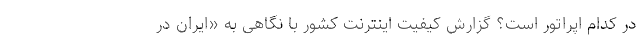
در کدام اپراتور است؟ گزارش کیفیت اینترنت کشور با نگاهی به «ایران در